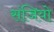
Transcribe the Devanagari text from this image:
संजियो